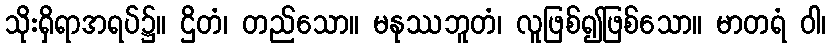
သိုးရှိရာအရပ်၌။ ဌိတံ၊ တည်သော။ မနုဿဘူတံ၊ လူဖြစ်၍ဖြစ်သော။ မာတရံ ဝါ၊